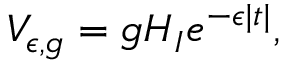
V _ { \epsilon , g } = g H _ { I } e ^ { - \epsilon | t | } ,